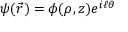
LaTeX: \psi ( { \vec { r } } ) = \phi ( \rho , z ) e ^ { i \ell \theta }